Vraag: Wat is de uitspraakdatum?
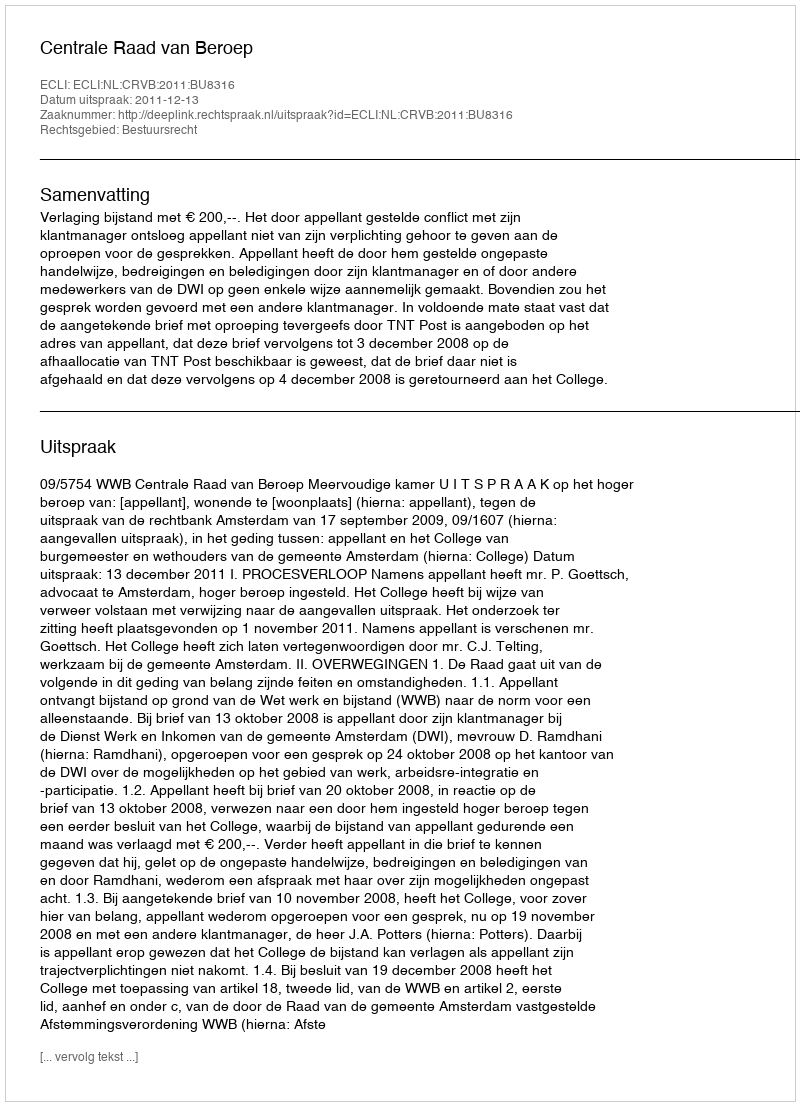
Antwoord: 2011-12-13